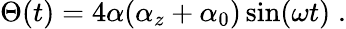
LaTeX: \Theta(t)=4\alpha(\alpha_{z}+\alpha_{0})\sin(\omega t)\; .